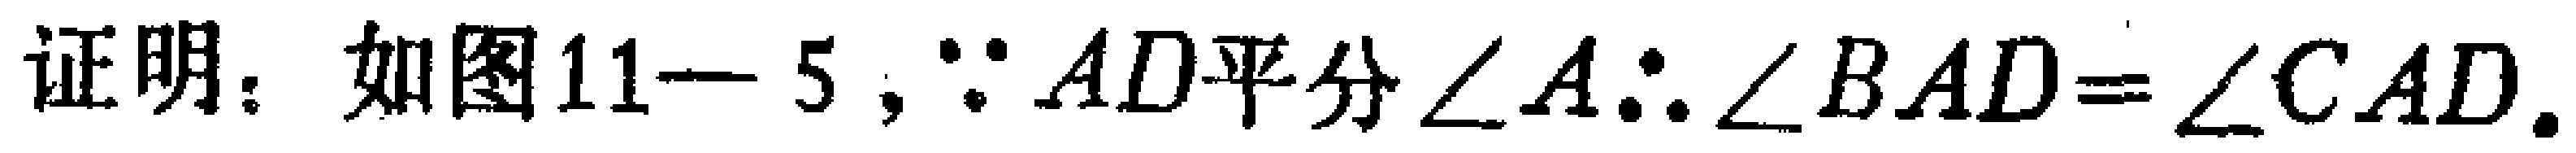
证明：如图11-5，$\because AD$平分$\angle A$.$\therefore \angle BAD = \angle CAD$.